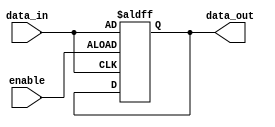
module buffer (
    input wire enable,
    input wire data_in,
    output reg data_out
);

always @(posedge enable or posedge data_in)
begin
    if (enable)
        data_out <= data_in;
end

endmodule